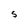
Character: s